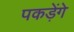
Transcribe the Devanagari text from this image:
पकड़ेंगे